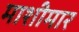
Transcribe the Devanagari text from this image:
माशीमार